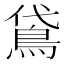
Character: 𬷈